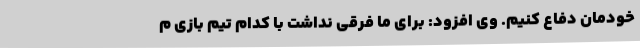
خودمان دفاع کنیم. وی افزود: برای ما فرقی نداشت با کدام تیم بازی م